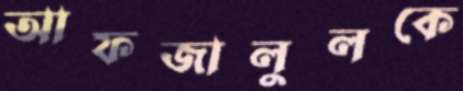
আফজালুলকে